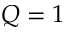
Q = 1